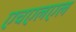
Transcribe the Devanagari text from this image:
एचएलएल